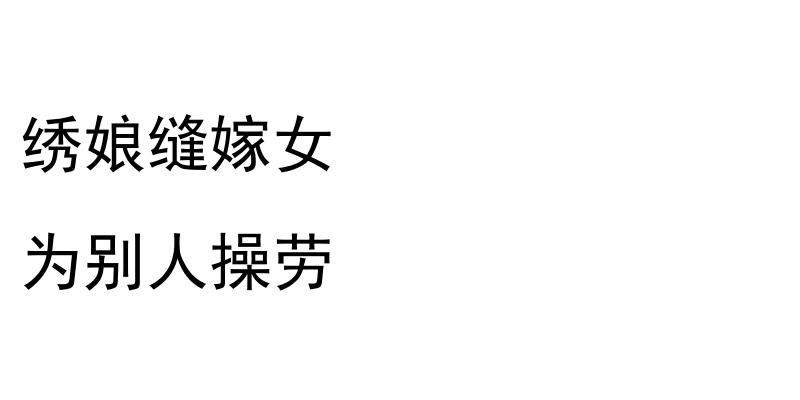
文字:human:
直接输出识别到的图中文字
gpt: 绣娘缝嫁女 为别人操劳